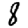
Digit: 8